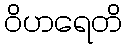
ဝိဟရေတိ